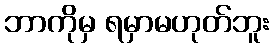
ဘာကိုမှ ရမှာမဟုတ်ဘူး